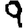
Digit: 9